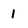
Character: 1